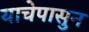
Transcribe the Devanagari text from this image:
याचेपासुन